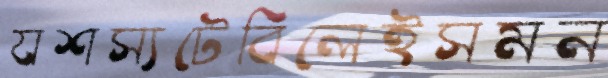
যশস্যটেবিলেইসমন